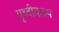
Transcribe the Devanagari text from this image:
पृथ्वीकल्प